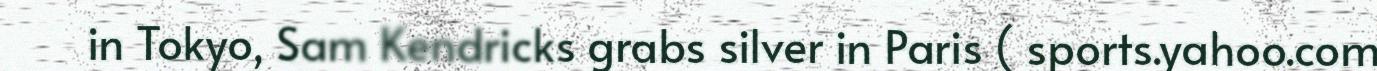
in Tokyo, Sam Kendricks grabs silver in Paris ( sports.yahoo.com